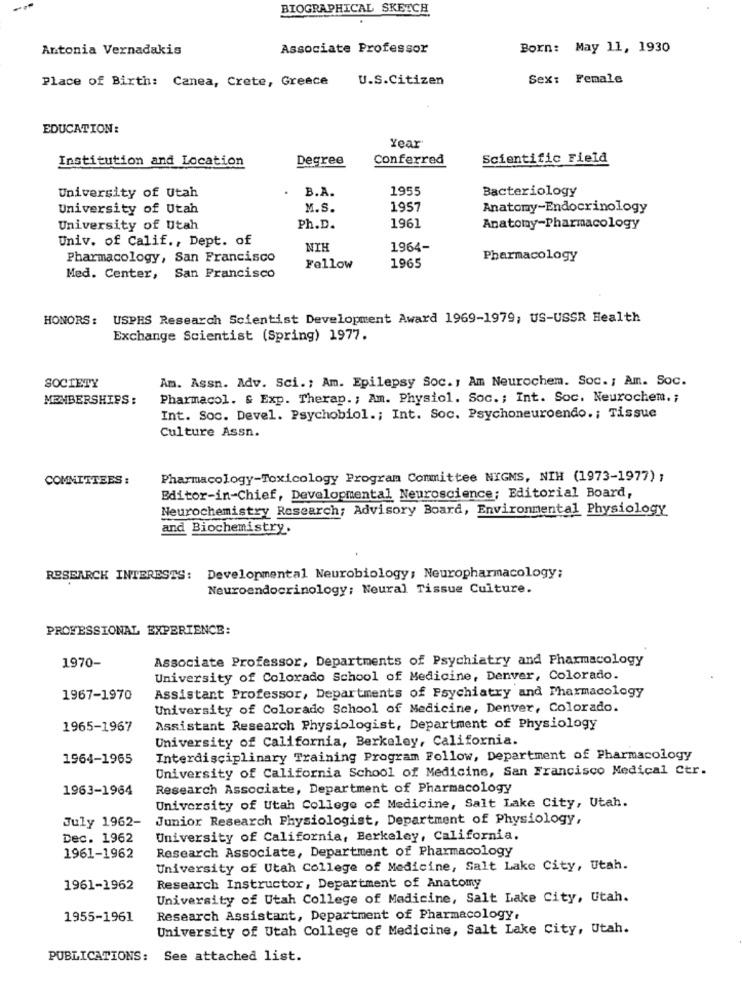
BIOGRAPHICAL SKETCH
Antonia Vernadakis
Associate Professor
Born: May 11, 1930
Place of Birth: Canea, Crete, Greece
U.S.Citizen
Sex: Female
EDUCATION:
Year'
Institution and Location
Degree
Conferred
Scientific Field
1955
Bacteriology
University of Utah
B.A.
University of Utah
M.S.
1957
Anatomy-Endocrinology
University of Utah
Ph.D.
1961
Anatomy-Pharmacology
Univ. of Calif ., Dept. of
NTH
1964-
Pharmacology, San Francisco
Pharmacology
Fellow
1965
Med. Center, San Francisco
HONORS:
USPHS Research Scientist Development Award 1969-1979, US-USSR Health
Exchange Scientist (Spring) 1977.
Am. Assn. Adv. Sci .; Am. Epilepsy Soc. 1 Am Neurochem. Soc. ; Am. Soc.
SOCIETY
MEMBERSHIPS:
Pharmacol. & Exp. Therap .; Am. Physiol. Soc .; Int. Soc. Neurochem .;
Int. Soc. Devel. Psychobiol .; Int. Soc. Psychoneuroendo .; Tissue
Culture Assn.
COMMITTEES :
Pharmacology-Toxicology Program Committee NIGNS, NIH (1973-1977) ;
Editor-in-Chief, Developmental Neuroscience; Editorial Board,
Neurochemistry Research; Advisory Board, Environmental Physiology
and Biochemistry.
RESEARCH INTERESTS:
Developmental Neurobiology; Neuropharmacology;
Neuroendocrinology; Neural Tissue Culture.
PROFESSIONAL EXPERIENCE:
Associate Professor, Departments of Psychiatry and Pharmacology
1970-
University of Colorado School of Medicine, Denver, Colorado.
Assistant Professor, Departments of Psychiatry and Pharmacology
1967-1970
University of Colorado School of Medicine, Denver, Colorado.
1965-1967
Assistant Research Physiologist, Department of Physiology
University of California, Berkeley, California.
1964-1965
Interdisciplinary Training Program Follow, Department of Pharmacology
University of California School of Medicine, San Francisco Medical Ctr.
1963-1964
Research Associate, Department of Pharmacology
University of Utah College of Medicine, Salt Lake City, Utah.
July 1962-
Junior Research Physiologist, Department of Physiology,
Dec. 1962
University of California, Berkeley, California.
Research Associate, Department of Pharmacology
1961-1962
University of Utah College of Medicine, Salt Lake City, Utah.
1961-1962
Research Instructor, Department of Anatomy
University of Utah College of Medicine, Salt Lake City, Utah.
1955-1961
Research Assistant, Department of Pharmacology,
University of Utah College of Medicine, Salt Lake City, Utah.
PUBLICATIONS:
See attached list.